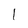
Character: l